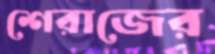
শেরাজের